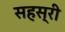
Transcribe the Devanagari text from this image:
सहस्री